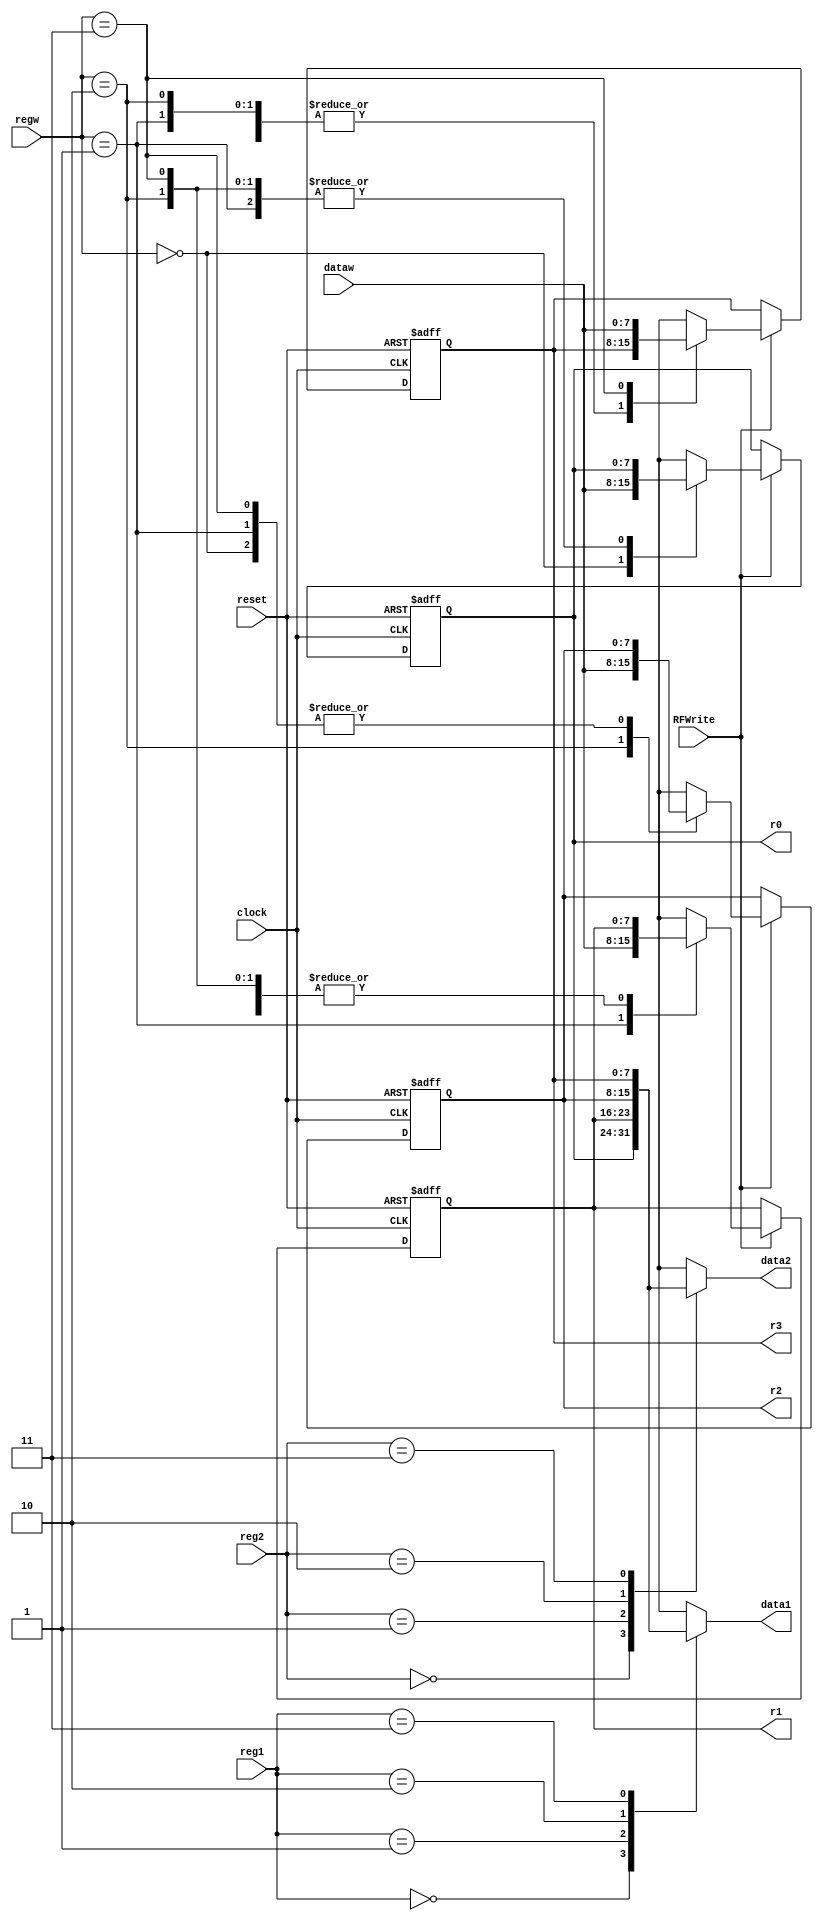
// ---------------------------------------------------------------------
// Copyright (c) 2007 by University of Toronto ECE 243 development team 
// ---------------------------------------------------------------------
//
// Major Functions:	Registers memory stores four 8-bits data
//					 
// Input(s):		1. reset: 	clear registers value to zero
//					2. clock: 	data written at positive clock edge
//					3. reg1:	indicate which register will be 
//					   			output through (output)data1
//					4. reg2:	indicate which register will be 
//								output through (output)data2
//					5. regw:	indicate which register will be 
//								overwritten with the data from
//								(input)dataw
//					6. dataw:	input data to be written into register
//					7. RFWrite:	write enable single, allow the data to
//								be written at the positive edge
//
// Output(s):		1. data1:	data output of the register (input)reg1
//					2. data2:	data output of the register (input)reg2
//					3. r0-r3:	data stored by register0 to register3
//
// ---------------------------------------------------------------------

module RF
(
clock, reg1, reg2, regw,
dataw, RFWrite, data1, data2,
r0, r1, r2, r3, reset
);

// ------------------------ PORT declaration ------------------------ //
input clock;
input [1:0] reg1, reg2, regw;
input [7:0] dataw;
input RFWrite;
input reset;
output [7:0] data1, data2;
output [7:0] r0, r1, r2, r3;

// ------------------------- Registers/Wires ------------------------ //
reg [7:0] k0, k1, k2, k3;
reg [7:0] data1_tmp, data2_tmp;

// Asynchronously read data from two registers
always @(*)
begin
	case (reg1)
		0: data1_tmp = k0;
		1: data1_tmp = k1;
		2: data1_tmp = k2;
		3: data1_tmp = k3;
	endcase
	case (reg2)
		0: data2_tmp = k0;
		1: data2_tmp = k1;
		2: data2_tmp = k2;
		3: data2_tmp = k3;
	endcase
end

// Synchronously write data to the register file;
// also supports an asynchronous reset, which clears all registers
always @(posedge clock or posedge reset)
begin
	if (reset) begin
		k0 = 0;
		k1 = 0;
		k2 = 0;
		k3 = 0;
	end	else begin
		if (RFWrite) begin
			case (regw)
				0: k0 = dataw;
				1: k1 = dataw;
				2: k2 = dataw;
				3: k3 = dataw;
			endcase
		end
	end
end

// Assign temporary values to the outputs
assign data1 = data1_tmp;
assign data2 = data2_tmp;

assign r0 = k0;
assign r1 = k1;
assign r2 = k2;
assign r3 = k3;

endmodule